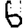
Digit: 6